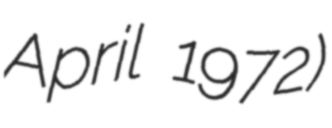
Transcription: April 1972)